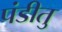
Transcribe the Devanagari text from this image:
पंडीतु